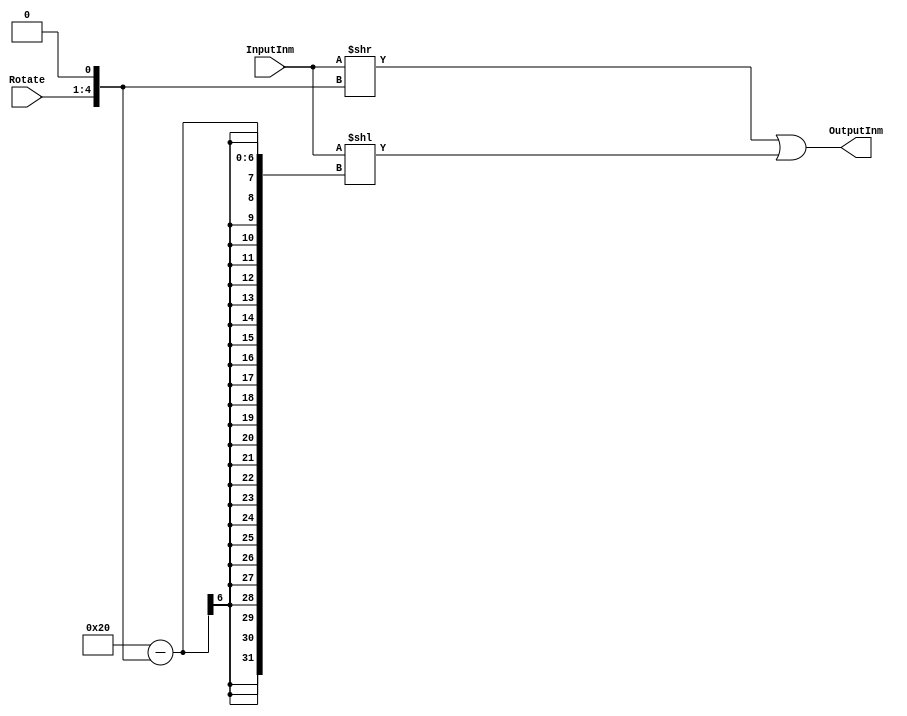
`timescale 1ns / 1ps
//////////////////////////////////////////////////////////////////////////////////
// Company: 
// Engineer: 
// 
// Design Name: 
// Module Name:    ExtendInm 
// Project Name: 
// Target Devices: 
// Tool versions: 
// Description: 
//
// Dependencies: 
//
// Revision: 
// Revision 0.01 - File Created
// Additional Comments: 
//
//////////////////////////////////////////////////////////////////////////////////
module ExtendInm(
	input [7:0]InputInm,
	input [3:0]Rotate,
	output [31:0]OutputInm
   );
	
	reg [31:0]Inm32;
	reg [4:0]RotateTemp;
	
	always @(*)
		begin
			Inm32 = {{24{1'b0}}, InputInm};
			
			RotateTemp = Rotate<<1;
		end
		
		assign OutputInm = (Inm32>>RotateTemp) | (Inm32<<(32-RotateTemp));

endmodule